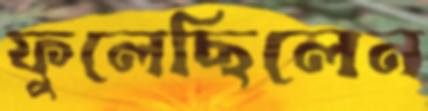
ফুলেছিলেন